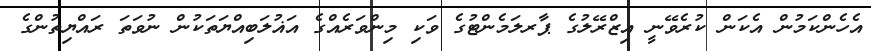
އެހެންކަމުން އެކަން ކުރެވޭނީ އިޒްރޭލުގެ ޕާރލަމެންޓުގެ ވަކި މިންވަރެއްގެ އަޣުލަބިއްޔަތަކުން ނުވަތަ ރައްޔިތުންގެ